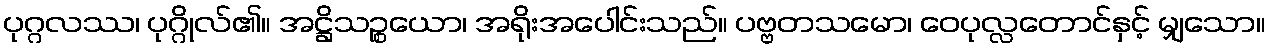
ပုဂ္ဂလဿ၊ ပုဂ္ဂိုလ်၏။ အဋ္ဌိသဉ္စယော၊ အရိုးအပေါင်းသည်။ ပဗ္ဗတသမော၊ ဝေပုလ္လတောင်နှင့် မျှသော။